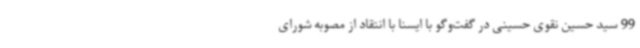
99 سید حسین نقوی حسینی در گفت‌وگو با ایسنا با انتقاد از مصوبه شورای